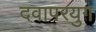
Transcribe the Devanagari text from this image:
दवापरयुग